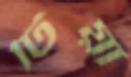
টিয়া